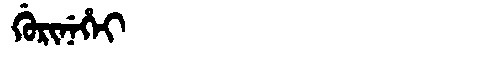
Manchu: ᡤᡠᡵᡳᠨᡝᡥᡝᡳ
Romanization: GURINEHEI